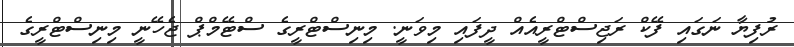
ރުފިޔާ ނަގައި ފޭކް ރަޖިސްޓްރީއެއް ދީފައި މިވަނީ. މިނިސްޓްރީގެ ސްޓޭމްޕް ޖެހޭނީ މިނިސްޓްރީގެ